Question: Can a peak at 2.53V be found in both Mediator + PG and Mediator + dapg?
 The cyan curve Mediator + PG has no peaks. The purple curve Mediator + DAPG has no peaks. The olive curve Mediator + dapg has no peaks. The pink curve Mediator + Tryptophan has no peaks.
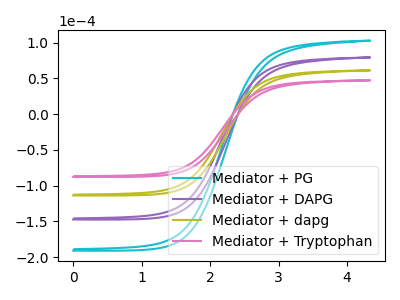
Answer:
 <answer>No, "Mediator + PG" and "Mediator + dapg" dont share a peak at 2.53V.</answer>
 <eval>mismatch</eval>